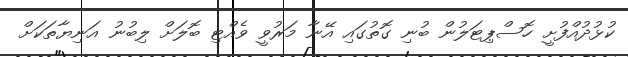
ކުޅުދުއްފުށީ ހޮސްޕިޓަލުން ބުނި ގޮތުގައި އޭނާ މަރުވީ ވެއްޓި ބޮލަށް ލިބުނު އަނިޔާތަކަށް